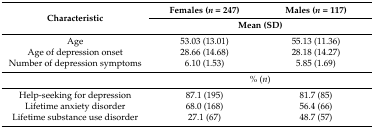
<table><thead><tr><td rowspan="2"><b>Characteristic</b></td><td><b>Females (<i>n</i> = 247)</b></td><td><b>Males (<i>n</i> = 117)</b></td></tr><tr><td colspan="2"><b>Mean (SD)</b></td></tr></thead><tbody><tr><td>Age</td><td>53.03 (13.01)</td><td>55.13 (11.36)</td></tr><tr><td>Age of depression onset</td><td>28.66 (14.68)</td><td>28.18 (14.27)</td></tr><tr><td>Number of depression symptoms</td><td>6.10 (1.53)</td><td>5.85 (1.69)</td></tr><tr><td></td><td colspan="2">% (<i>n</i>)</td></tr><tr><td>Help-seeking for depression</td><td>87.1 (195)</td><td>81.7 (85)</td></tr><tr><td>Lifetime anxiety disorder</td><td>68.0 (168)</td><td>56.4 (66)</td></tr><tr><td>Lifetime substance use disorder</td><td>27.1 (67)</td><td>48.7 (57)</td></tr></tbody></table>